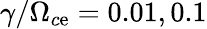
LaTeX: \gamma/\Omega_{c\mathrm{e}}=0.01,0.1